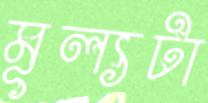
মূল্যটা